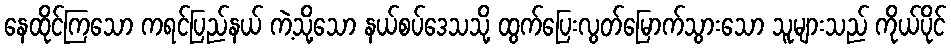
နေထိုင်ကြသော ကရင်ပြည်နယ် ကဲ့သို့သော နယ်စပ်ဒေသသို့ ထွက်ပြေးလွတ်မြောက်သွားသော သူများသည် ကိုယ်ပိုင်